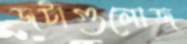
জটাগুলোজ